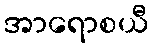
အာရောစယီ